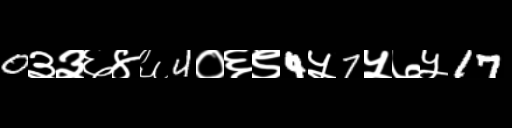
Text: 0३३६४६4०६९4५7५७५17